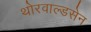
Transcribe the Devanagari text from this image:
थोरवाल्डसेन